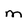
Character: m